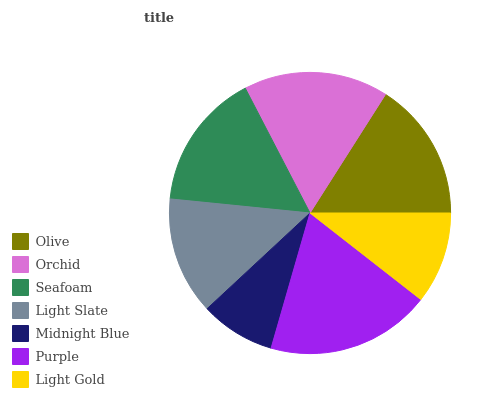
| Olive | Orchid | Seafoam | Light Slate | Midnight Blue | Purple | Light Gold |
 | --- | --- | --- | --- | --- | --- | --- |
 | 15.9% | 16.7% | 15.8% | 13.5% | 8.62% | 18.9% | 10.5% |